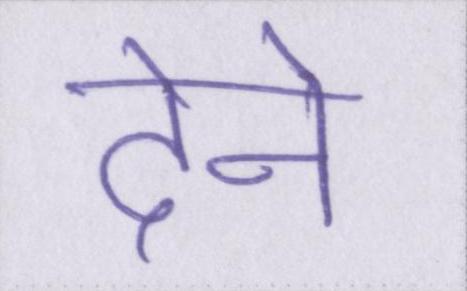
देने